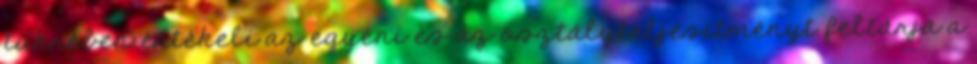
tükrében értékeli az egyéni és az osztályteljesítményt feltárja a